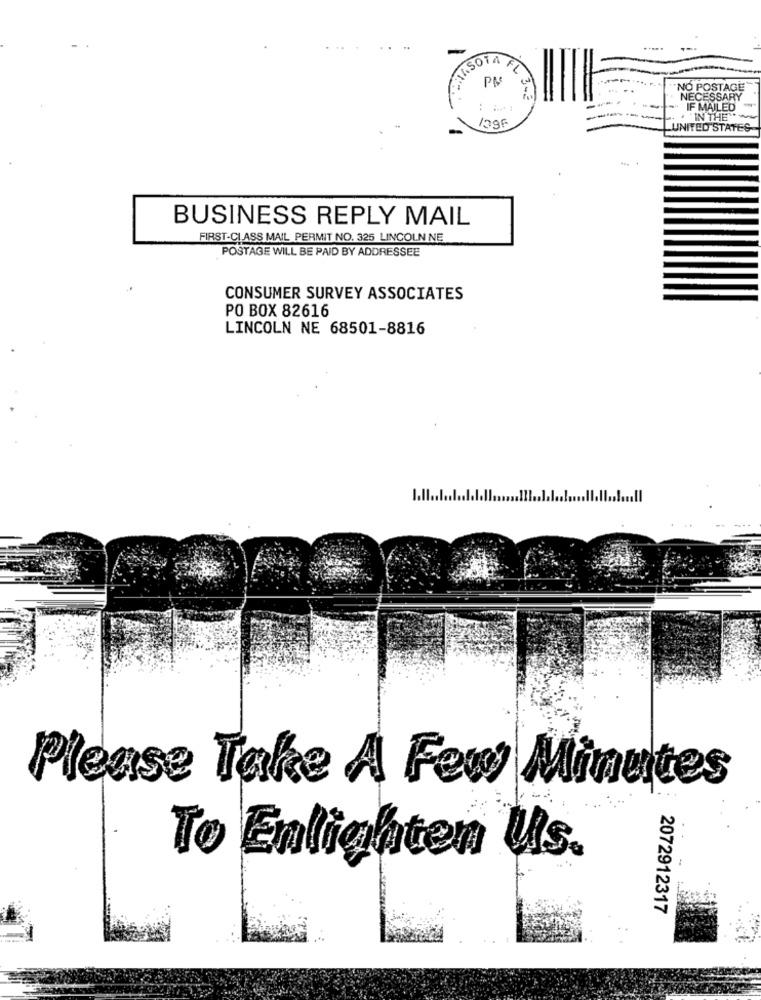
.....
ASOTA FI
NO POSTAGE
NECESSARY
IF MAILED
IN THE
1396
UNITED STATES
BUSINESS REPLY MAIL
FIRST-CLASS MAIL PERMIT NO. 325 LINCOLN NE
POSTAGE WILL BE PAID BY ADDRESSEE
CONSUMER SURVEY ASSOCIATES
PO BOX 82616
LINCOLN NE 68501-8816
Please Take A Few Minutes
To Enlighten Us.
2072912317